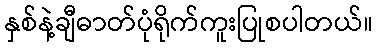
နှစ်နဲ့ချီဓာတ်ပုံရိုက်ကူးပြုစပါတယ်။